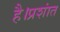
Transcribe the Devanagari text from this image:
है।प्रशांत